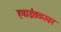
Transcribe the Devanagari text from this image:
हवाईतळावर